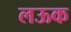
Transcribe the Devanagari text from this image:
लऊक